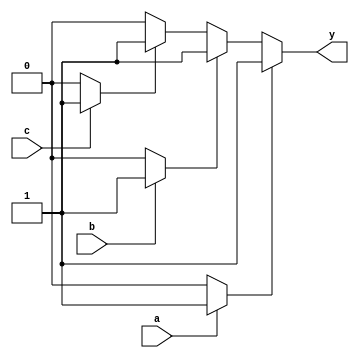
module multiple_drivers (
    input wire a,
    input wire b,
    input wire c,
    output wire y
);

// Declare a wire to represent the signal driven by multiple sources
wire driver1_output;
wire driver2_output;
wire driver3_output;

// Continuous assignments for each driver with specific conditions
assign driver1_output = (a) ? 1'b1 : 1'b0; // Driver 1: drives high if 'a' is high
assign driver2_output = (b) ? 1'b1 : 1'b0; // Driver 2: drives high if 'b' is high
assign driver3_output = (c) ? 1'b1 : 1'b0; // Driver 3: drives high if 'c' is high

// Resolution strategy: prioritize drivers
// Here we prioritize driver1 > driver2 > driver3
assign y = (driver1_output) ? driver1_output :
           (driver2_output) ? driver2_output :
           (driver3_output) ? driver3_output : 1'b0; // Default to 0 if no drivers are active

endmodule